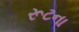
રૂટના